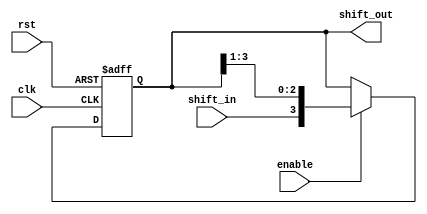
module shift_register (
  input wire clk,
  input wire rst,
  input wire shift_in,
  input wire enable,
  output reg [3:0] shift_out
);

reg [3:0] data;

always @(posedge clk or posedge rst) begin
  if (rst) begin
    data <= 4'b0000;
  end else if (enable) begin
    data <= {shift_in, data[3:1]};
  end
end

assign shift_out = data;

endmodule